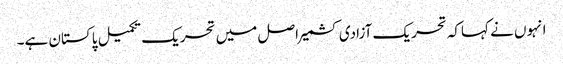
انہوں نے کہاکہ تحریک آزادی کشمیر اصل میں تحریک تکمیل پاکستان ہے۔